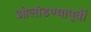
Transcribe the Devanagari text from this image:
ओलांडण्यापूर्वी